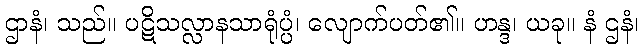
ဌာနံ၊ သည်။ ပဋိသလ္လာနသာရုံပ္ပံ၊ လျောက်ပတ်၏။ ဟန္ဒ၊ ယခု။ နံ ဌနံ၊